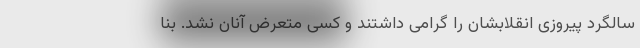
سالگرد پیروزی انقلابشان را گرامی داشتند و کسی متعرض آنان نشد. بنا